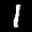
Label: 1